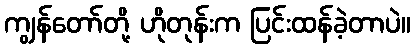
ကျွန်တော်တို့ ဟိုတုန်းက ပြင်းထန်ခဲ့တာပဲ။